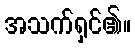
အသက်ရှင်၏။